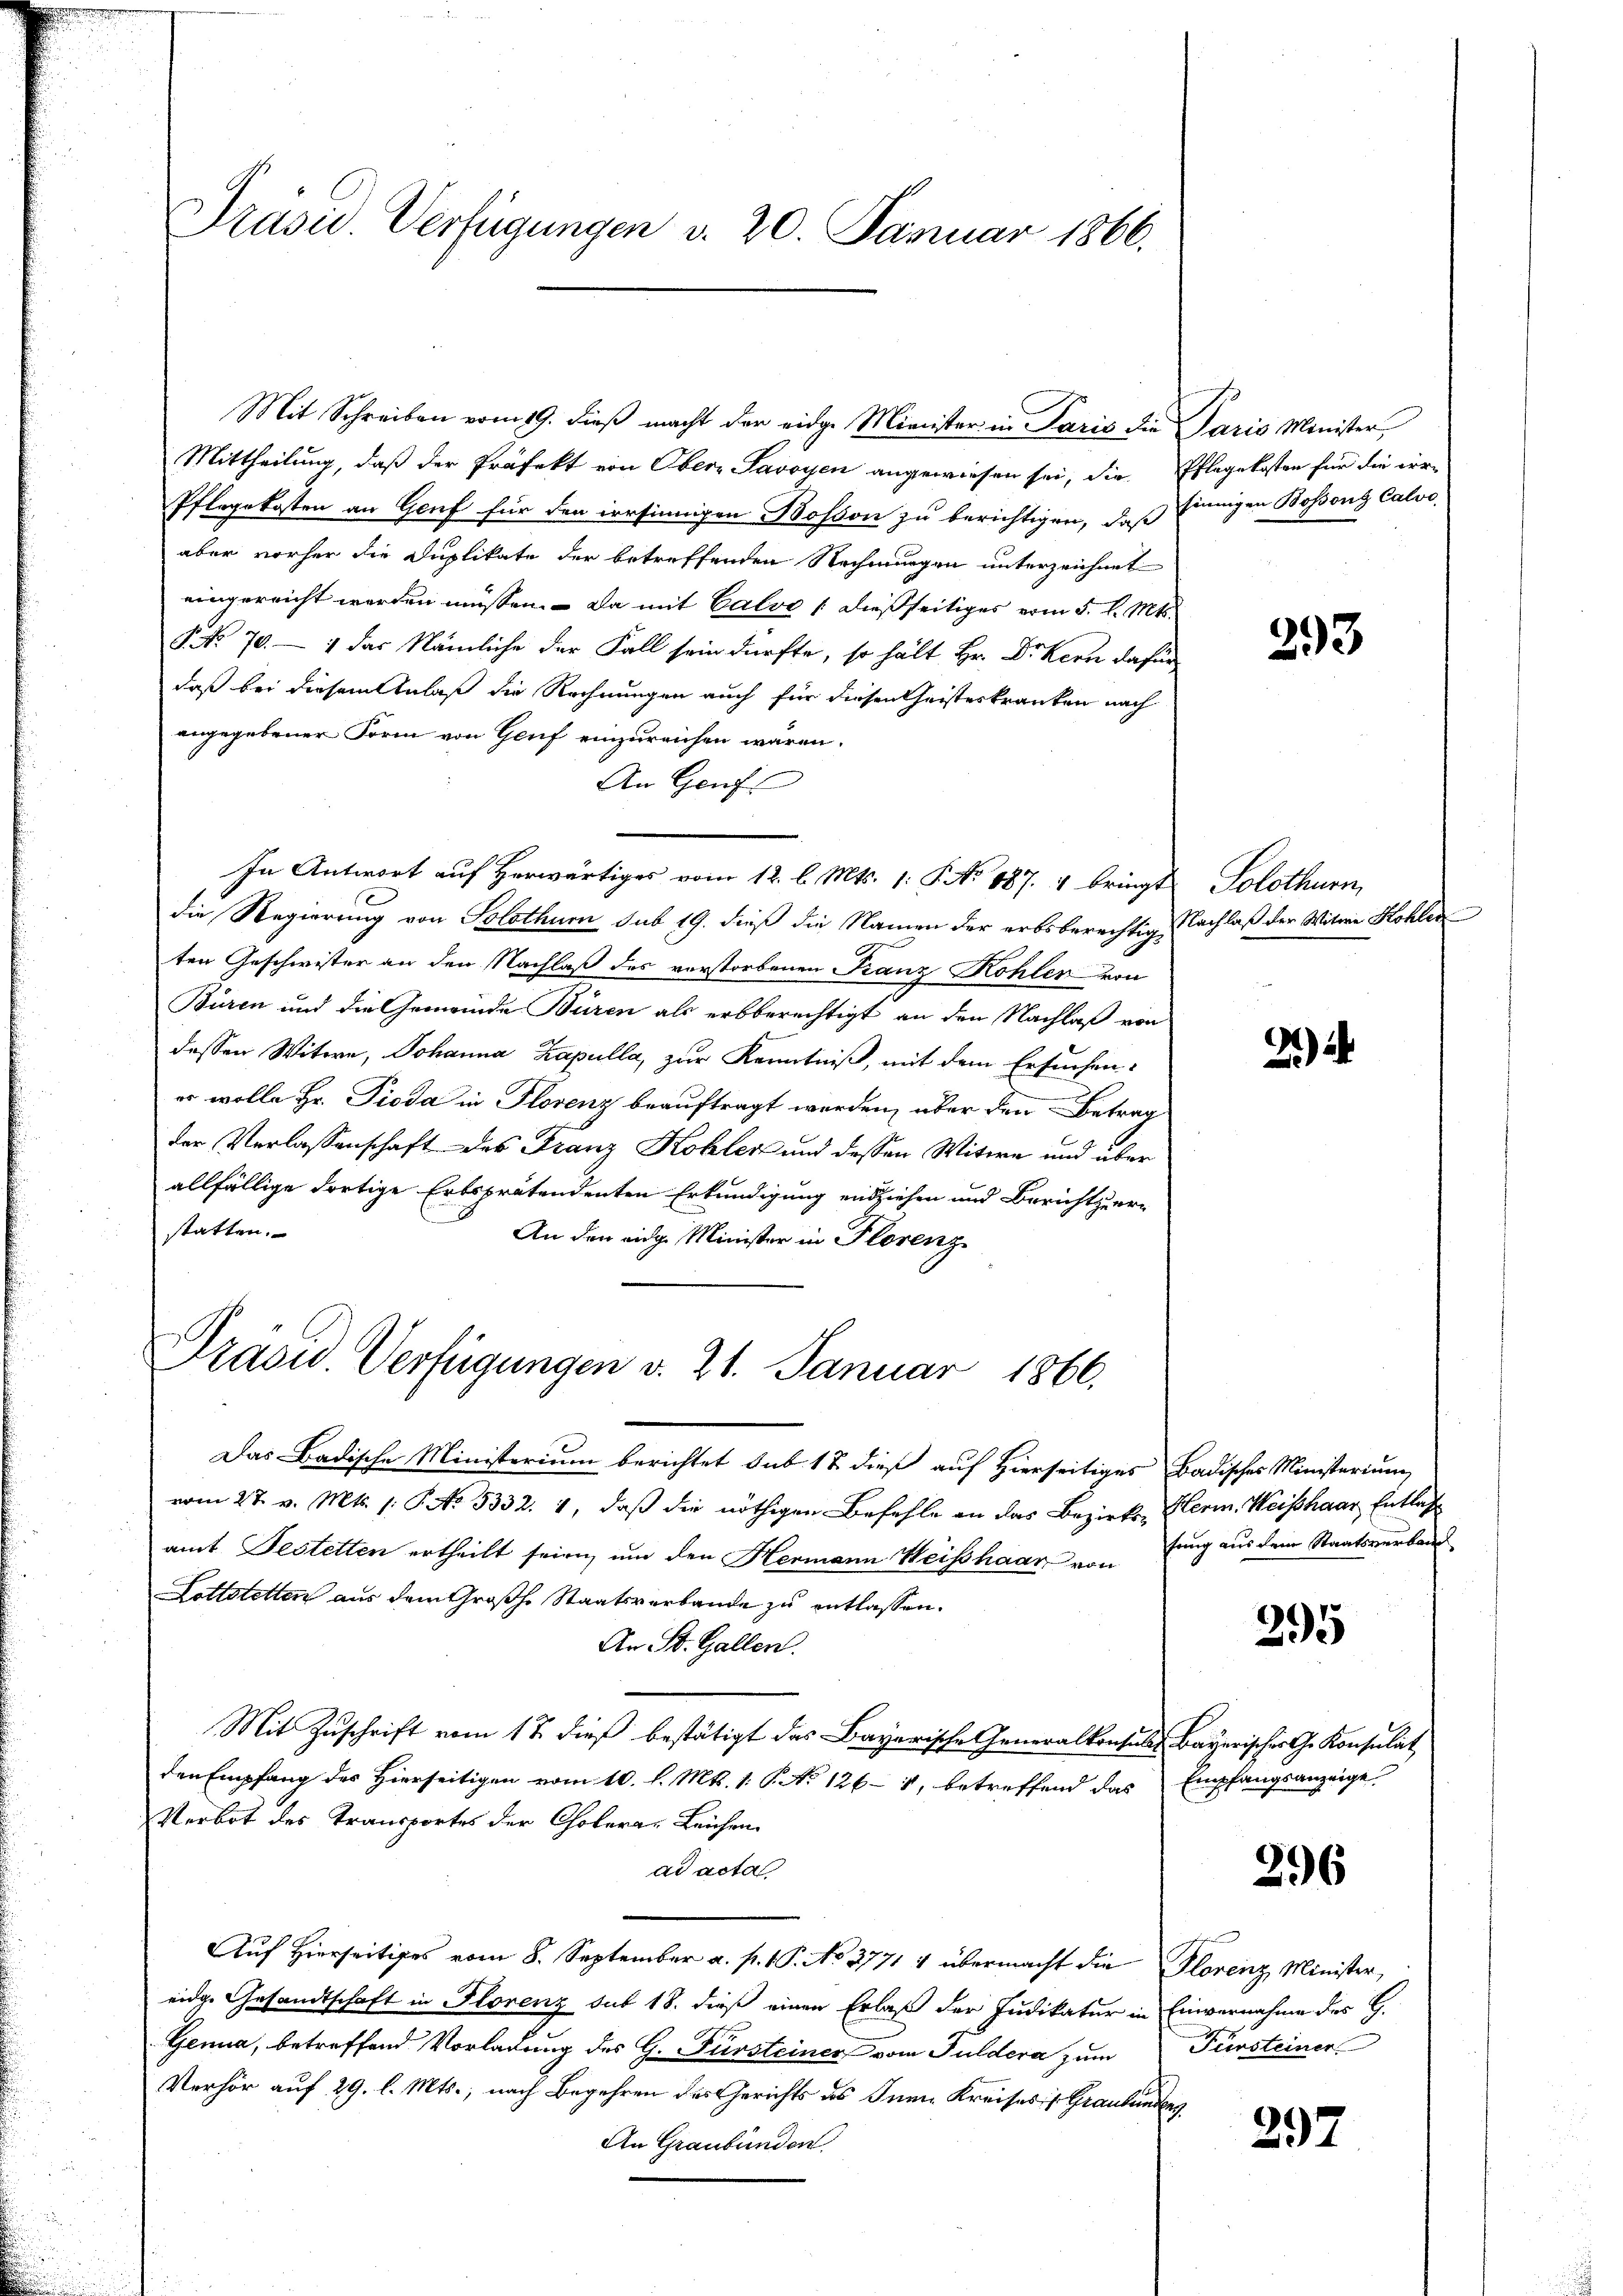
Präsid. Verfügungen v. 20. Januar 1866.

Mittheilung, daß der Präfekt von Obern Savoyen angewiesen sei, die Pflegekosten für die irre
Pflegekosten an Genf für den irrsinnigen Bosson zu berichtigen, daß Einnigen Bossong Calvo
aber vorher die Duplikate der betreffenden Rechnungen unterzeichnet
eingereicht werden müssen. – Da mit Calve / dießseitiges vom 5. d. Mts.
S No. 70. — 1 das Nämliche der Fall sein dürfte, so hält Hr. Dr Kern dafür
daß bei diesem Anlaß die Rechnungen auch für diesen heisteskranken nach
angegebener Form von Gruf einzureichen wären.
An Genf
In Antwort auf Herwärtiges vom 12. l. Mts. 1: P. No 187. 4 bringt
die Regierung von Solothur sub 19. dieß die Namen der erbsberechtig, Nachlaß der Witwe Kohler
ten Geschwister an den Nachlaß des vorstorbenen Franz Kohler von
Buren und die Gemeinde Büren als erbberechtigt an den Nachlaß von
dessen Witwe, Johanna Kapulla, zur Kenntniß, mit dem Ersuchen-
er wolle Hr. Pioda in Florenz beauftragt werden, über den Betrag
der Verlassenschaft des Franz Kohler und dessen Witwe und über
allfällige dortige Erbsprätendenten Erkundigung einziehen und Bericht zuer-
statten.
An den eidg. Minister in Plorenz

Präsid. Verfügungen v. 21. Januar 1866.

Mit Schreiben vom 19. dieβ macht der eidge Minister in Paris die Paris Minister,

Das Badische Ministerium berichtet sub 12 dieß auf Hierseitiges Badisches Ministerium

vom 27. v. Mts. /: P. No. 5332. 1, daß die nöthigen Befehle an das Bezirks- Herm. Weishaar Entlas
amt Bestetten ertheilt seien, um den Hermann Weisshaar von
Lottstetten aus dem Großhe Staatsverbande zu entlassen.
An St. Gallen.
Mit Zuschrift vom 17. dieß bestätigt das Bayerische Generalkonsuls Bayerischer G. Konsulat
den Empfang des Hierseitigen vom 10. l. Mts. 1. P. No 1261, betreffend das Empfangsanzeige
Verbot des Transportes der Cholerar Leichen
ad acta
Auf Hierseitiges vom 8. September a. p. 1 P. No 3771 4 übermacht die Florenz Minister,
eidge Gesandtschaft in Florenz sub 18. dieß einen Erlaß der Judikatur in Einvernahme des G.
Genua, betreffend Vorladung des G. Fürsteiner vom Guldera zum
Verhör auf 29. l. Mts., nach Begehren des Gerichts des Juni Kreises 1 Graubündenz,
An Graubünden.

393

Solothurn,

2)

fung aus dem Staatsverban

295

296

Fürsteiner

297